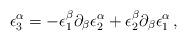
LaTeX: \begin{align*}\epsilon^\alpha_3= -\epsilon_1^\beta\partial_\beta\epsilon_2^\alpha+\epsilon_2^\beta\partial_\beta\epsilon_1^\alpha \,,\end{align*}